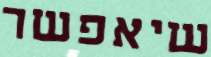
שיאפשר